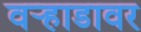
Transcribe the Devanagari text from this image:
वर्‍हाडावर